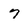
Character: 7